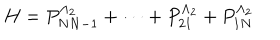
H = P _ { N N - 1 } ^ { \Lambda _ { 2 } } + \dots + P _ { 2 1 } ^ { \Lambda _ { 2 } } + P _ { 1 N } ^ { \Lambda _ { 2 } }